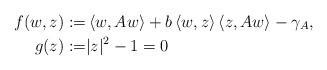
LaTeX: \begin{align*} f(w,z):=&\left\langle w,Aw\right\rangle + b\left\langle w,z\right\rangle\left\langle z,Aw\right\rangle-\gamma_A, \\ g(z):=&|z|^2-1=0 \end{align*}